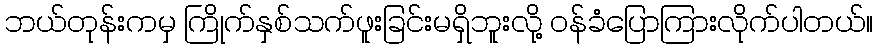
ဘယ်တုန်းကမှ ကြိုက်နှစ်သက်ဖူးခြင်းမရှိဘူးလို့ ဝန်ခံပြောကြားလိုက်ပါတယ်။